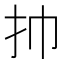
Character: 㧆